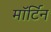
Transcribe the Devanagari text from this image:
मॉर्टिन